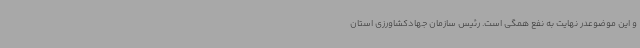
و این موضوعدر نهایت به نفع همگی است. رئیس سازمان جهادکشاورزی استان